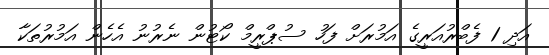
އަދި 1 ފެބްރުއަރީގެ އަމުރަށް ފަހު ސުޕްރީމް ކޯޓުން ނެރުނު އެހެން އަމުރުތަކާ